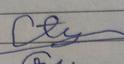
Signature authenticity: forged